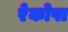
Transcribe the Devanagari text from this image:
रेकोपा